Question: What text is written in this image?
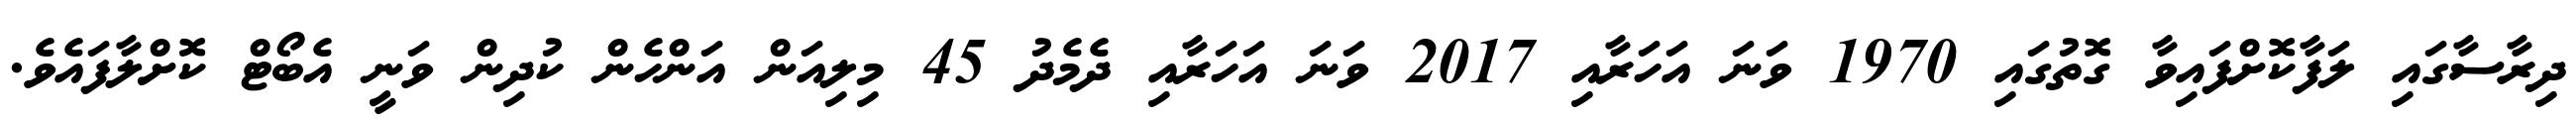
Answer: ދިރާސާގައި ލަފާކޮށްފައިވާ ގޮތުގައި 1970 ވަނަ އަހަރާއި 2017 ވަނަ އަހަރާއި ދެމެދު 45 މިލިއަން އަންހެން ކުދިން ވަނީ އެބޯޓް ކޮށްލާފައެވެ.